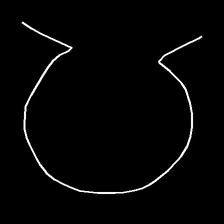
Glyph: weave